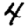
Digit: 4